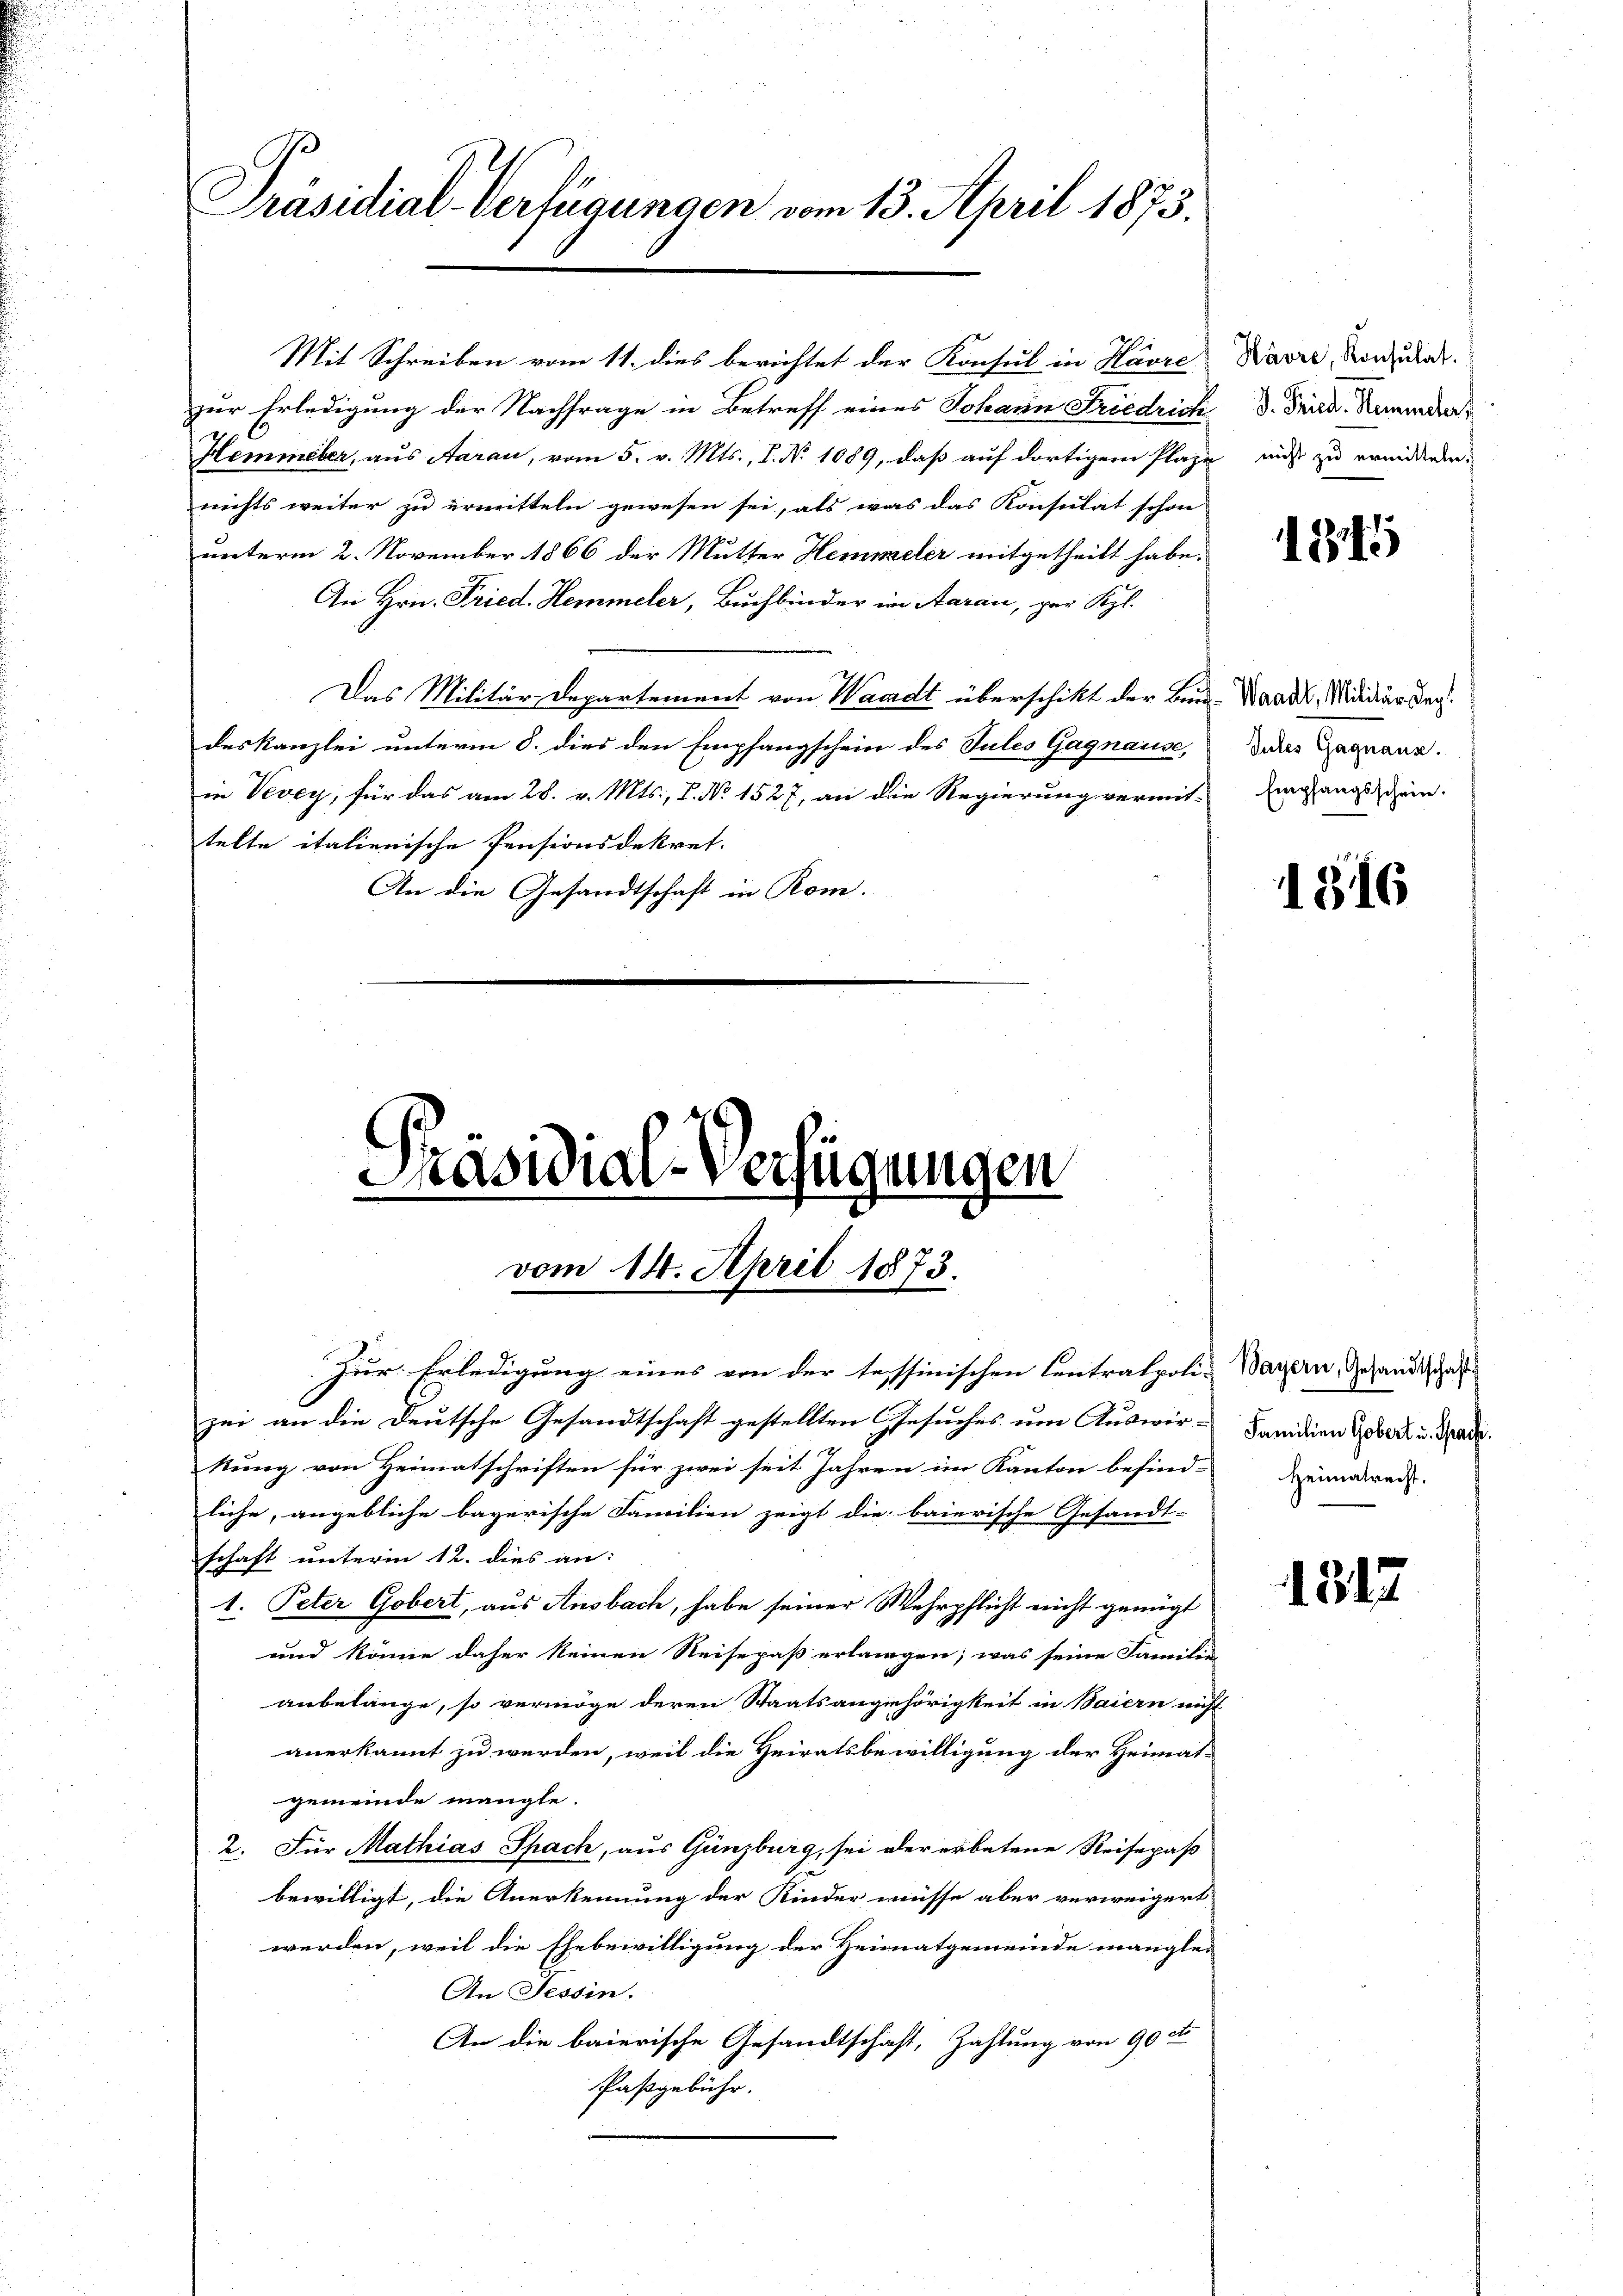
Präsidial-Verfügungen vom 13. April 1873.

Mit Schreiben vom 11. dies berichtet der Konsul in Havre Narre, Norden.
zur Erledigung der Nachfrage in Betreff eines Johann Friedrich
Hemmeber, aus Aarau, vom 5. v. Mts., I. N. 1089, daß auf dortigem Plaze
nichts weiter zu ermitteln gewesen sei, als was das Konsulat schon
unterm 2. November 1866 der Mutter Hemmeler mitgetheilt habe.
An Hrn. Fried. Hemmeler, Buchbinder im Aarau, par Kgl.
Das Militär-Departement von Waadt überschikt der Bei Waadt, Mididiär dachdeskanzlei unterm 8. dies den Empfangschein des Tules Gagnause,
in Vevey, für das am 28. v. Mts., S. No 1527, an die Regierung vermit-
telte italienische Pensionsdekret.
An die Gesandtschaft in Rom.

Präsidial-Verfügungen
vom 14. April 1873.

Zur Erledigung eines von der tessinischen Centralpoli- Bayern, Gesandtschaft
zei an die Deutsche Gesandtschaft gestellten Gesuches um Auswir-
kung von Heimatschriften für zwei seit Jahren im Kanton befind-
liche, angebliche bayerische Familien zeigt die baierische Gesandt-
schaft unterm 12. dies an:
1. Peter Gobert, aus Ansbach, habe seiner Wehrpflicht nicht genügt
und könne daher keinen Reisepaß erlangen; was seine Familie
anbelange, so vermöge deren Staatsangehörigkeit in Baiern nicht
anerkannt zu werden, weil die Heiratsbewilligung der Heimat-
gemeinde mangle.
2. Für Mathias Spach, aus Günzburg, sei oder erbetene Reisepaß
bewilligt, die Anerkennung der Kinder müsse aber verweigert
werden, weil die Ehebewilligung der Heimatgemeinde mangle-
An Tessin.
An die baierische Gesandtschaft, Zahlung von 90 rt
Paßgebühr.

J. Fried. Hemmeler,
nicht zu ermitteln.

1875

Jules Gagnaus.
Empfangsschein.

1316

Familien Gobert u. Sprache.
Heimatrecht.

1312